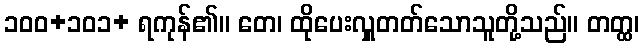
၁၀၀+၁၀၁+ ရကုန်၏။ တေ၊ ထိုပေးလှူတတ်သောသူတို့သည်။ တတ္ထ၊